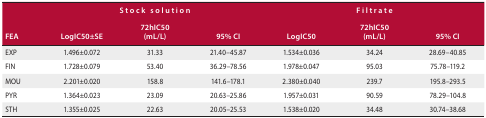
<table><thead><tr><td rowspan="2"><b>FEA</b></td><td colspan="3"><b>Stock solution</b></td><td colspan="3"><b>Filtrate</b></td></tr><tr><td><b>LogIC50±SE</b></td><td><b>72hIC50 (mL/L)</b></td><td><b>95% CI</b></td><td><b>LogIC50</b></td><td><b>72hIC50 (mL/L)</b></td><td><b>95% CI</b></td></tr></thead><tbody><tr><td>EXP</td><td>1.496±0.072</td><td>31.33</td><td>21.40–45.87</td><td>1.534±0.036</td><td>34.24</td><td>28.69–40.85</td></tr><tr><td>FIN</td><td>1.728±0.079</td><td>53.40</td><td>36.29–78.56</td><td>1.978±0.047</td><td>95.03</td><td>75.78–119.2</td></tr><tr><td>MOU</td><td>2.201±0.020</td><td>158.8</td><td>141.6–178.1</td><td>2.380±0.040</td><td>239.7</td><td>195.8–293.5</td></tr><tr><td>PYR</td><td>1.364±0.023</td><td>23.09</td><td>20.63–25.86</td><td>1.957±0.031</td><td>90.59</td><td>78.29–104.8</td></tr><tr><td>STH</td><td>1.355±0.025</td><td>22.63</td><td>20.05–25.53</td><td>1.538±0.020</td><td>34.48</td><td>30.74–38.68</td></tr></tbody></table>